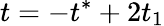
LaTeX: t=-t^{*}+2t_{1}